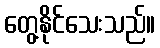
တွေ့နိုင်သေးသည်။